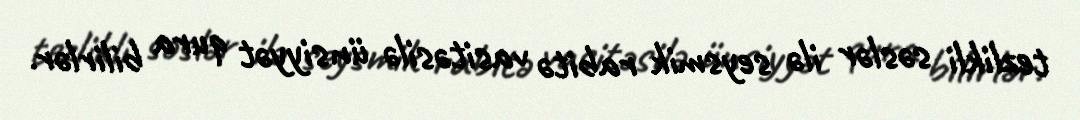
tezlikli səslər ilə seysmik rabitə vasitəsilə ünsiyyət qura bilirlər.